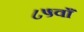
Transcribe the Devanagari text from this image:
८५वाँ